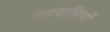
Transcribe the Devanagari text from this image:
सहवासियों